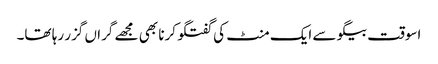
اسوقت بیگو سے ایک منٹ کی گفتگو کرنا بھی مجھے گراں گزر رہا تھا۔